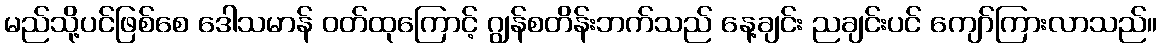
မည်သို့ပင်ဖြစ်စေ ဒေါသမာန် ဝတ်ထုကြောင့် ဂျွန်စတိန်းဘက်သည် နေ့ချင်း ညချင်းပင် ကျော်ကြားလာသည်။